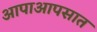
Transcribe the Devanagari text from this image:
आपाआपसात